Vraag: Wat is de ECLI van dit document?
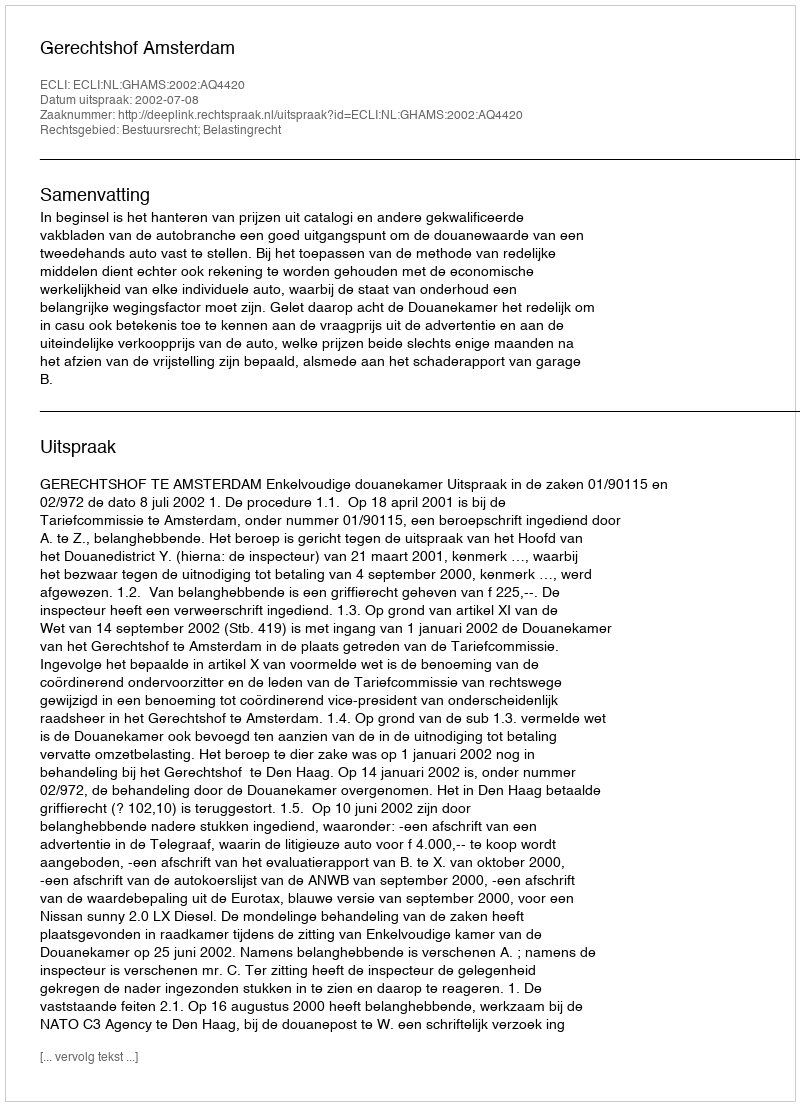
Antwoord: ECLI:NL:GHAMS:2002:AQ4420